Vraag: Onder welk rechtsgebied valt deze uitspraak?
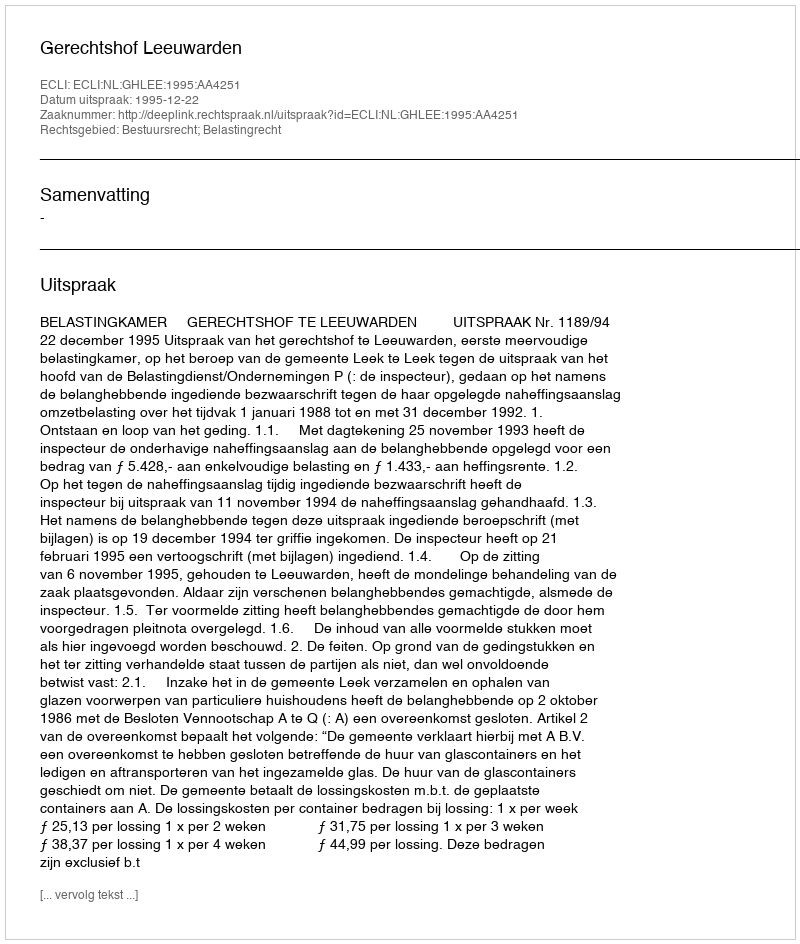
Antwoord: Bestuursrecht; Belastingrecht